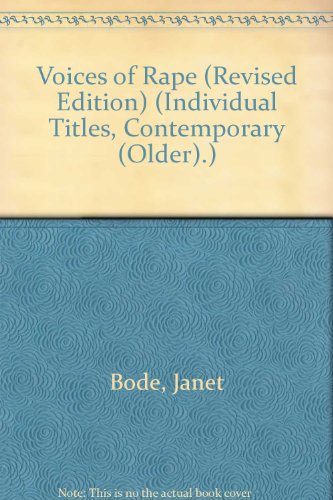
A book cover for Voices of Rape (Revised Edition) (Individual Titles, Contemporary (Older).); Janet Bode; Teen & Young Adult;